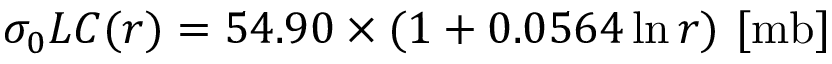
\sigma _ { 0 } L C ( r ) = 5 4 . 9 0 \times ( 1 + 0 . 0 5 6 4 \ln { r } ) ~ [ \mathrm { m b ] }